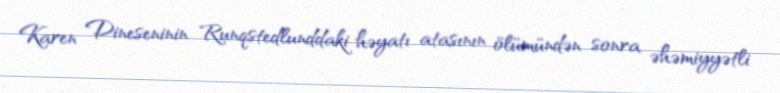
Karen Dineseninin Runqstedlunddaki həyatı atasının ölümündən sonra əhəmiyyətli